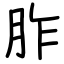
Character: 胙